画像に写った文字を読んでください
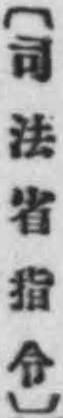
「〔司法省指令〕」と書いてあります